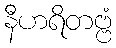
နီဟရိတဗ္ဗံ